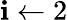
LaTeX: \mathbf{i}\gets2